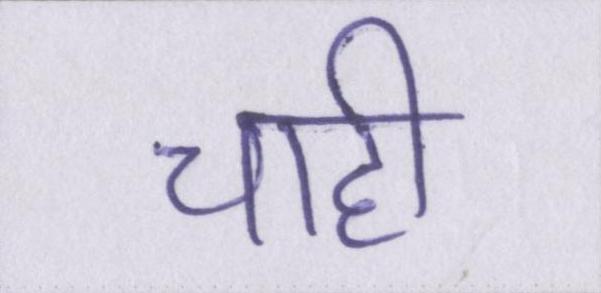
चाही